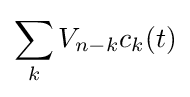
\sum _{k}V_{n-k}c_{k}(t)